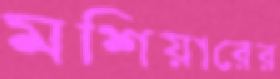
মশিয়ারের